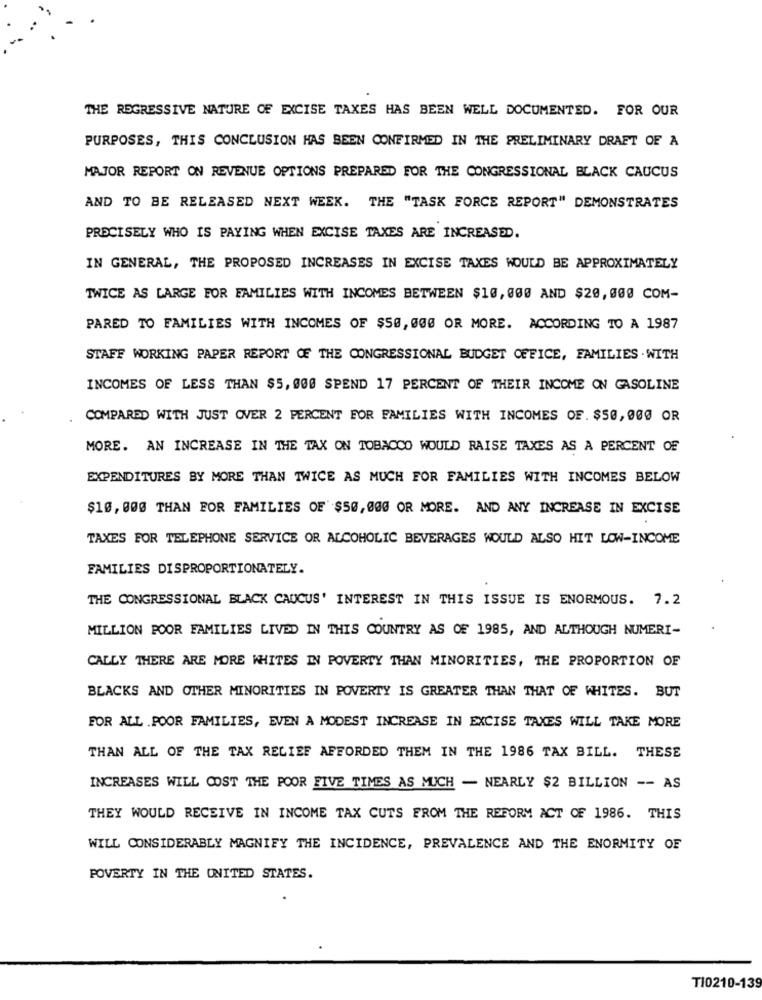
THE REGRESSIVE NATURE OF EXCISE TAXES HAS BEEN WELL DOCUMENTED. FOR OUR
PURPOSES, THIS CONCLUSION HAS BEEN CONFIRMED IN THE PRELIMINARY DRAFT OF A
MAJOR REPORT ON REVENUE OPTIONS PREPARED FOR THE CONGRESSIONAL BLACK CAUCUS
AND TO BE RELEASED NEXT WEEK. THE "TASK FORCE REPORT" DEMONSTRATES
PRECISELY WHO IS PAYING WHEN EXCISE TAXES ARE INCREASED.
IN GENERAL, THE PROPOSED INCREASES IN EXCISE TAXES WOULD BE APPROXIMATELY
TWICE AS LARGE FOR FAMILIES WITH INCOMES BETWEEN $10, 000 AND $20,000 COM-
PARED TO FAMILIES WITH INCOMES OF $50, 000 OR MORE. ACCORDING TO A 1987
STAFF WORKING PAPER REPORT OF THE CONGRESSIONAL BUDGET OFFICE, FAMILIES .WITH
INCOMES OF LESS THAN $5, 000 SPEND 17 PERCENT OF THEIR INCOME ON GASOLINE
COMPARED WITH JUST OVER 2 PERCENT FOR FAMILIES WITH INCOMES OF. $50,000 OR
MORE. AN INCREASE IN THE TAX ON TOBACCO WOULD RAISE TAXES AS A PERCENT OF
EXPENDITURES BY MORE THAN TWICE AS MUCH FOR FAMILIES WITH INCOMES BELOW
$10,000 THAN FOR FAMILIES OF $50,000 OR MORE. AND ANY INCREASE IN EXCISE
TAXES FOR TELEPHONE SERVICE OR ALCOHOLIC BEVERAGES WOULD ALSO HIT LOW-INCOME
FAMILIES DISPROPORTIONATELY.
THE CONGRESSIONAL BLACK CAUCUS' INTEREST IN THIS ISSUE IS ENORMOUS. 7.2
MILLION POOR FAMILIES LIVED IN THIS COUNTRY AS OF 1985, AND ALTHOUGH NUMERI-
CALLY THERE ARE MORE WHITES IN POVERTY THAN MINORITIES, THE PROPORTION OF
BLACKS AND OTHER MINORITIES IN POVERTY IS GREATER THAN THAT OF WHITES. BUT
FOR ALL . POOR FAMILIES, EVEN A MODEST INCREASE IN EXCISE TAXES WILL TAKE MORE
THAN ALL OF THE TAX RELIEF AFFORDED THEM IN THE 1986 TAX BILL. THESE
INCREASES WILL COST THE POOR FIVE TIMES AS MUCH - NEARLY $2 BILLION -- AS
THEY WOULD RECEIVE IN INCOME TAX CUTS FROM THE REFORM ACT OF 1986. THIS
WILL CONSIDERABLY MAGNIFY THE INCIDENCE, PREVALENCE AND THE ENORMITY OF
POVERTY IN THE UNITED STATES.
T10210-139